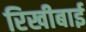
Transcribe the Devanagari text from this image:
रिखीबाई